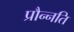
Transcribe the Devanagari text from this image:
प्रौन्नति